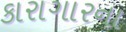
કારાગારના